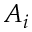
A _ { i }